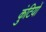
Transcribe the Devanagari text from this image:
कुंटियों